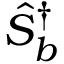
\hat { S } _ { b } ^ { \dagger }